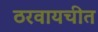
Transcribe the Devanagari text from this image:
ठरवायचीत